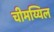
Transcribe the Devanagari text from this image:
चीमय्यिल